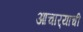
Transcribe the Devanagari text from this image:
आचार्‍याची